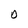
Character: O